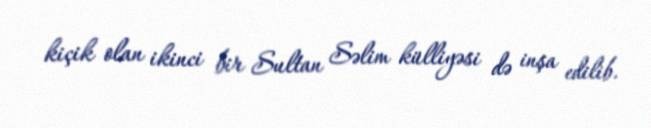
kiçik olan ikinci bir Sultan Səlim külliyəsi də inşa edilib.